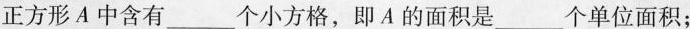
正方形A中含有___个小方格，即A的面积是___个单位面积；